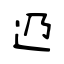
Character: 辸